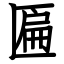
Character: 匾